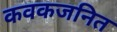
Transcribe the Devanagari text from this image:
कवकजनित